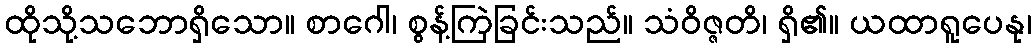
ထိုသို့သဘောရှိသော။ စာဂေါ၊ စွန့်ကြဲခြင်းသည်။ သံဝိဇ္ဇတိ၊ ရှိ၏။ ယထာရူပေနု၊